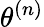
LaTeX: \theta^{(n)}